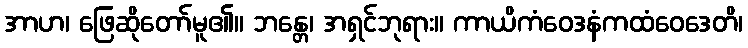
အာဟ၊ ဖြေဆိုတော်မူ၏။ ဘန္တေ၊ အရှင်ဘုရား။ ကာယိကံဝေဒနံကထံဝေဒေတိ၊